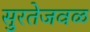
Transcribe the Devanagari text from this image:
सुरतेजवळ